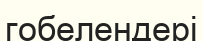
гобелендері